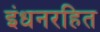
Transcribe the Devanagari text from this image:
इंधनरहित